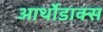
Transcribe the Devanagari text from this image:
आर्थोडाक्स